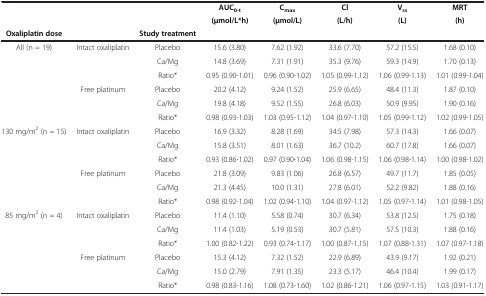
<table><thead><tr><td rowspan="2"><b> </b></td><td rowspan="2"><b> </b></td><td rowspan="2"><b> </b></td><td><b>AUC<sub>0-t</sub></b></td><td><b>C<sub>max</sub></b></td><td><b>Cl</b></td><td><b>V<sub>ss</sub></b></td><td><b>MRT</b></td></tr><tr><td><b>(μmol/L*h)</b></td><td><b>(μmol/L)</b></td><td><b>(L/h)</b></td><td><b>(L)</b></td><td><b>(h)</b></td></tr><tr><td><b>Oxaliplatin dose</b></td><td><b> </b></td><td><b>Study treatment</b></td><td><b> </b></td><td><b> </b></td><td><b> </b></td><td><b> </b></td><td><b> </b></td></tr></thead><tbody><tr><td rowspan="6">All (n = 19)</td><td rowspan="3">Intact oxaliplatin</td><td>Placebo</td><td>15.6 (3.80)</td><td>7.62 (1.92)</td><td>33.6 (7.70)</td><td>57.2 (15.5)</td><td>1.68 (0.10)</td></tr><tr><td>Ca/Mg</td><td>14.8 (3.69)</td><td>7.31 (1.91)</td><td>35.3 (9.76)</td><td>59.3 (14.9)</td><td>1.70 (0.13)</td></tr><tr><td>Ratio*</td><td>0.95 (0.90-1.01)</td><td>0.96 (0.90-1.02)</td><td>1.05 (0.99-1.12)</td><td>1.06 (0.99-1.13)</td><td>1.01 (0.99-1.04)</td></tr><tr><td rowspan="3">Free platinum</td><td>Placebo</td><td>20.2 (4.12)</td><td>9.24 (1.52)</td><td>25.9 (6.65)</td><td>48.4 (11.3)</td><td>1.87 (0.10)</td></tr><tr><td>Ca/Mg</td><td>19.8 (4.18)</td><td>9.52 (1.55)</td><td>26.8 (6.03)</td><td>50.9 (9.95)</td><td>1.90 (0.16)</td></tr><tr><td>Ratio*</td><td>0.98 (0.93-1.03)</td><td>1.03 (0.95-1.12)</td><td>1.04 (0.97-1.10)</td><td>1.05 (0.99-1.12)</td><td>1.02 (0.99-1.05)</td></tr><tr><td rowspan="6">130 mg/m<sup>2</sup> (n = 15)</td><td rowspan="3">Intact oxaliplatin</td><td>Placebo</td><td>16.9 (3.32)</td><td>8.28 (1.69)</td><td>34.5 (7.98)</td><td>57.3 (14.3)</td><td>1.66 (0.07)</td></tr><tr><td>Ca/Mg</td><td>15.8 (3.51)</td><td>8.01 (1.63)</td><td>36.7 (10.2)</td><td>60.7 (17.8)</td><td>1.66 (0.07)</td></tr><tr><td>Ratio*</td><td>0.93 (0.86-1.02)</td><td>0.97 (0.90-1.04)</td><td>1.06 (0.98-1.15)</td><td>1.06 (0.98-1.14)</td><td>1.00 (0.98-1.02)</td></tr><tr><td rowspan="3">Free platinum</td><td>Placebo</td><td>21.8 (3.09)</td><td>9.83 (1.06)</td><td>26.8 (6.57)</td><td>49.7 (11.7)</td><td>1.85 (0.05)</td></tr><tr><td>Ca/Mg</td><td>21.3 (4.45)</td><td>10.0 (1.31)</td><td>27.8 (6.01)</td><td>52.2 (9.82)</td><td>1.88 (0.16)</td></tr><tr><td>Ratio*</td><td>0.98 (0.92-1.04)</td><td>1.02 (0.94-1.10)</td><td>1.04 (0.97-1.12)</td><td>1.05 (0.97-1.14)</td><td>1.01 (0.98-1.05)</td></tr><tr><td rowspan="5">85 mg/m<sup>2</sup> (n = 4)</td><td rowspan="3">Intact oxaliplatin</td><td>Placebo</td><td>11.4 (1.10)</td><td>5.58 (0.74)</td><td>30.7 (6.34)</td><td>53.8 (12.5)</td><td>1.75 (0.18)</td></tr><tr><td>Ca/Mg</td><td>11.4 (1.03)</td><td>5.19 (0.53)</td><td>30.7 (5.81)</td><td>57.5 (10.3)</td><td>1.88 (0.16)</td></tr><tr><td>Ratio*</td><td>1.00 (0.82-1.22)</td><td>0.93 (0.74-1.17)</td><td>1.00 (0.87-1.15)</td><td>1.07 (0.88-1.31)</td><td>1.07 (0.97-1.18)</td></tr><tr><td rowspan="2">Free platinum</td><td>Placebo</td><td>15.3 (4.12)</td><td>7.32 (1.52)</td><td>22.9 (6.89)</td><td>43.9 (9.17)</td><td>1.92 (0.21)</td></tr><tr><td>Ca/Mg</td><td>15.0 (2.79)</td><td>7.91 (1.35)</td><td>23.3 (5.17)</td><td>46.4 (10.4)</td><td>1.99 (0.17)</td></tr><tr><td> </td><td> </td><td>Ratio*</td><td>0.98 (0.83-1.16)</td><td>1.08 (0.73-1.60)</td><td>1.02 (0.86-1.21)</td><td>1.06 (0.97-1.15)</td><td>1.03 (0.91-1.17)</td></tr></tbody></table>